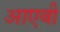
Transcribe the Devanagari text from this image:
आएबी